画像に写った文字を読んでください
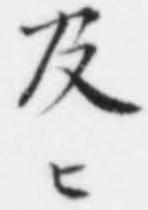
「及ヒ」と書いてあります